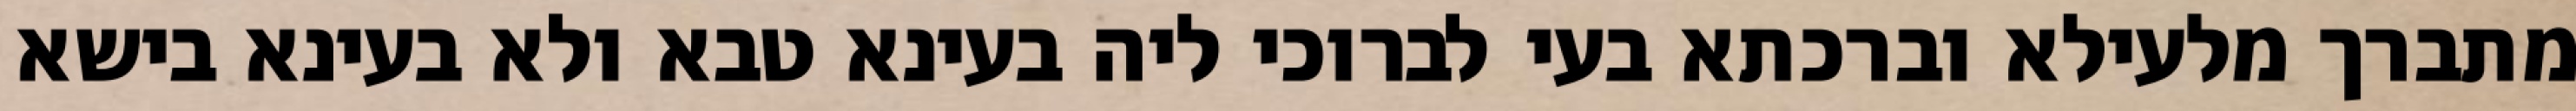
מתברך מלעילא וברכתא בעי לברוכי ליה בעינא טבא ולא בעינא בישא